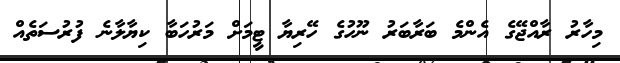
މިހާރު ރާއްޖޭގެ އެންމެ ބަރާބަރު ނޫހުގެ ހޭރިޔާ ޓީމަށް މަރުހަބާ ކިޔާލާނެ ފުރުސަތެއް